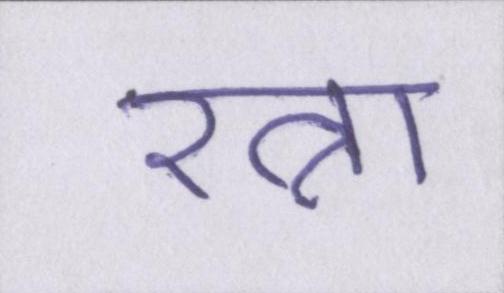
रत्ना